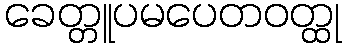
ခေတ္တူပမပေတဝတ္ထု